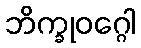
ဘိက္ခုဝဂ္ဂေါ